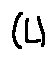
( L )